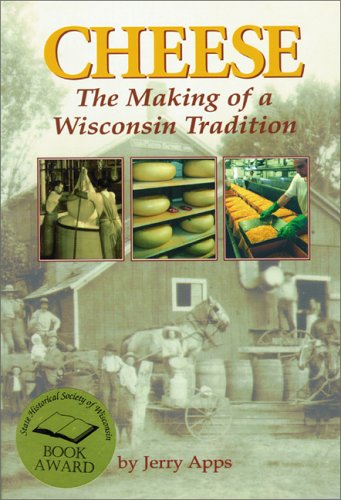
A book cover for Cheese: The Making of a Wisconsin Tradition; Jerry Apps; Cookbooks, Food & Wine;